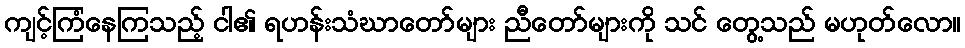
ကျင့်ကြံနေကြသည့် ငါ၏ ရဟန်းသံဃာတော်များ ညီတော်များကို သင် တွေ့သည် မဟုတ်လော။